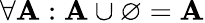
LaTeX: \forall\mathbf{A}:\mathbf{A}\cup\varnothing=\mathbf{A}